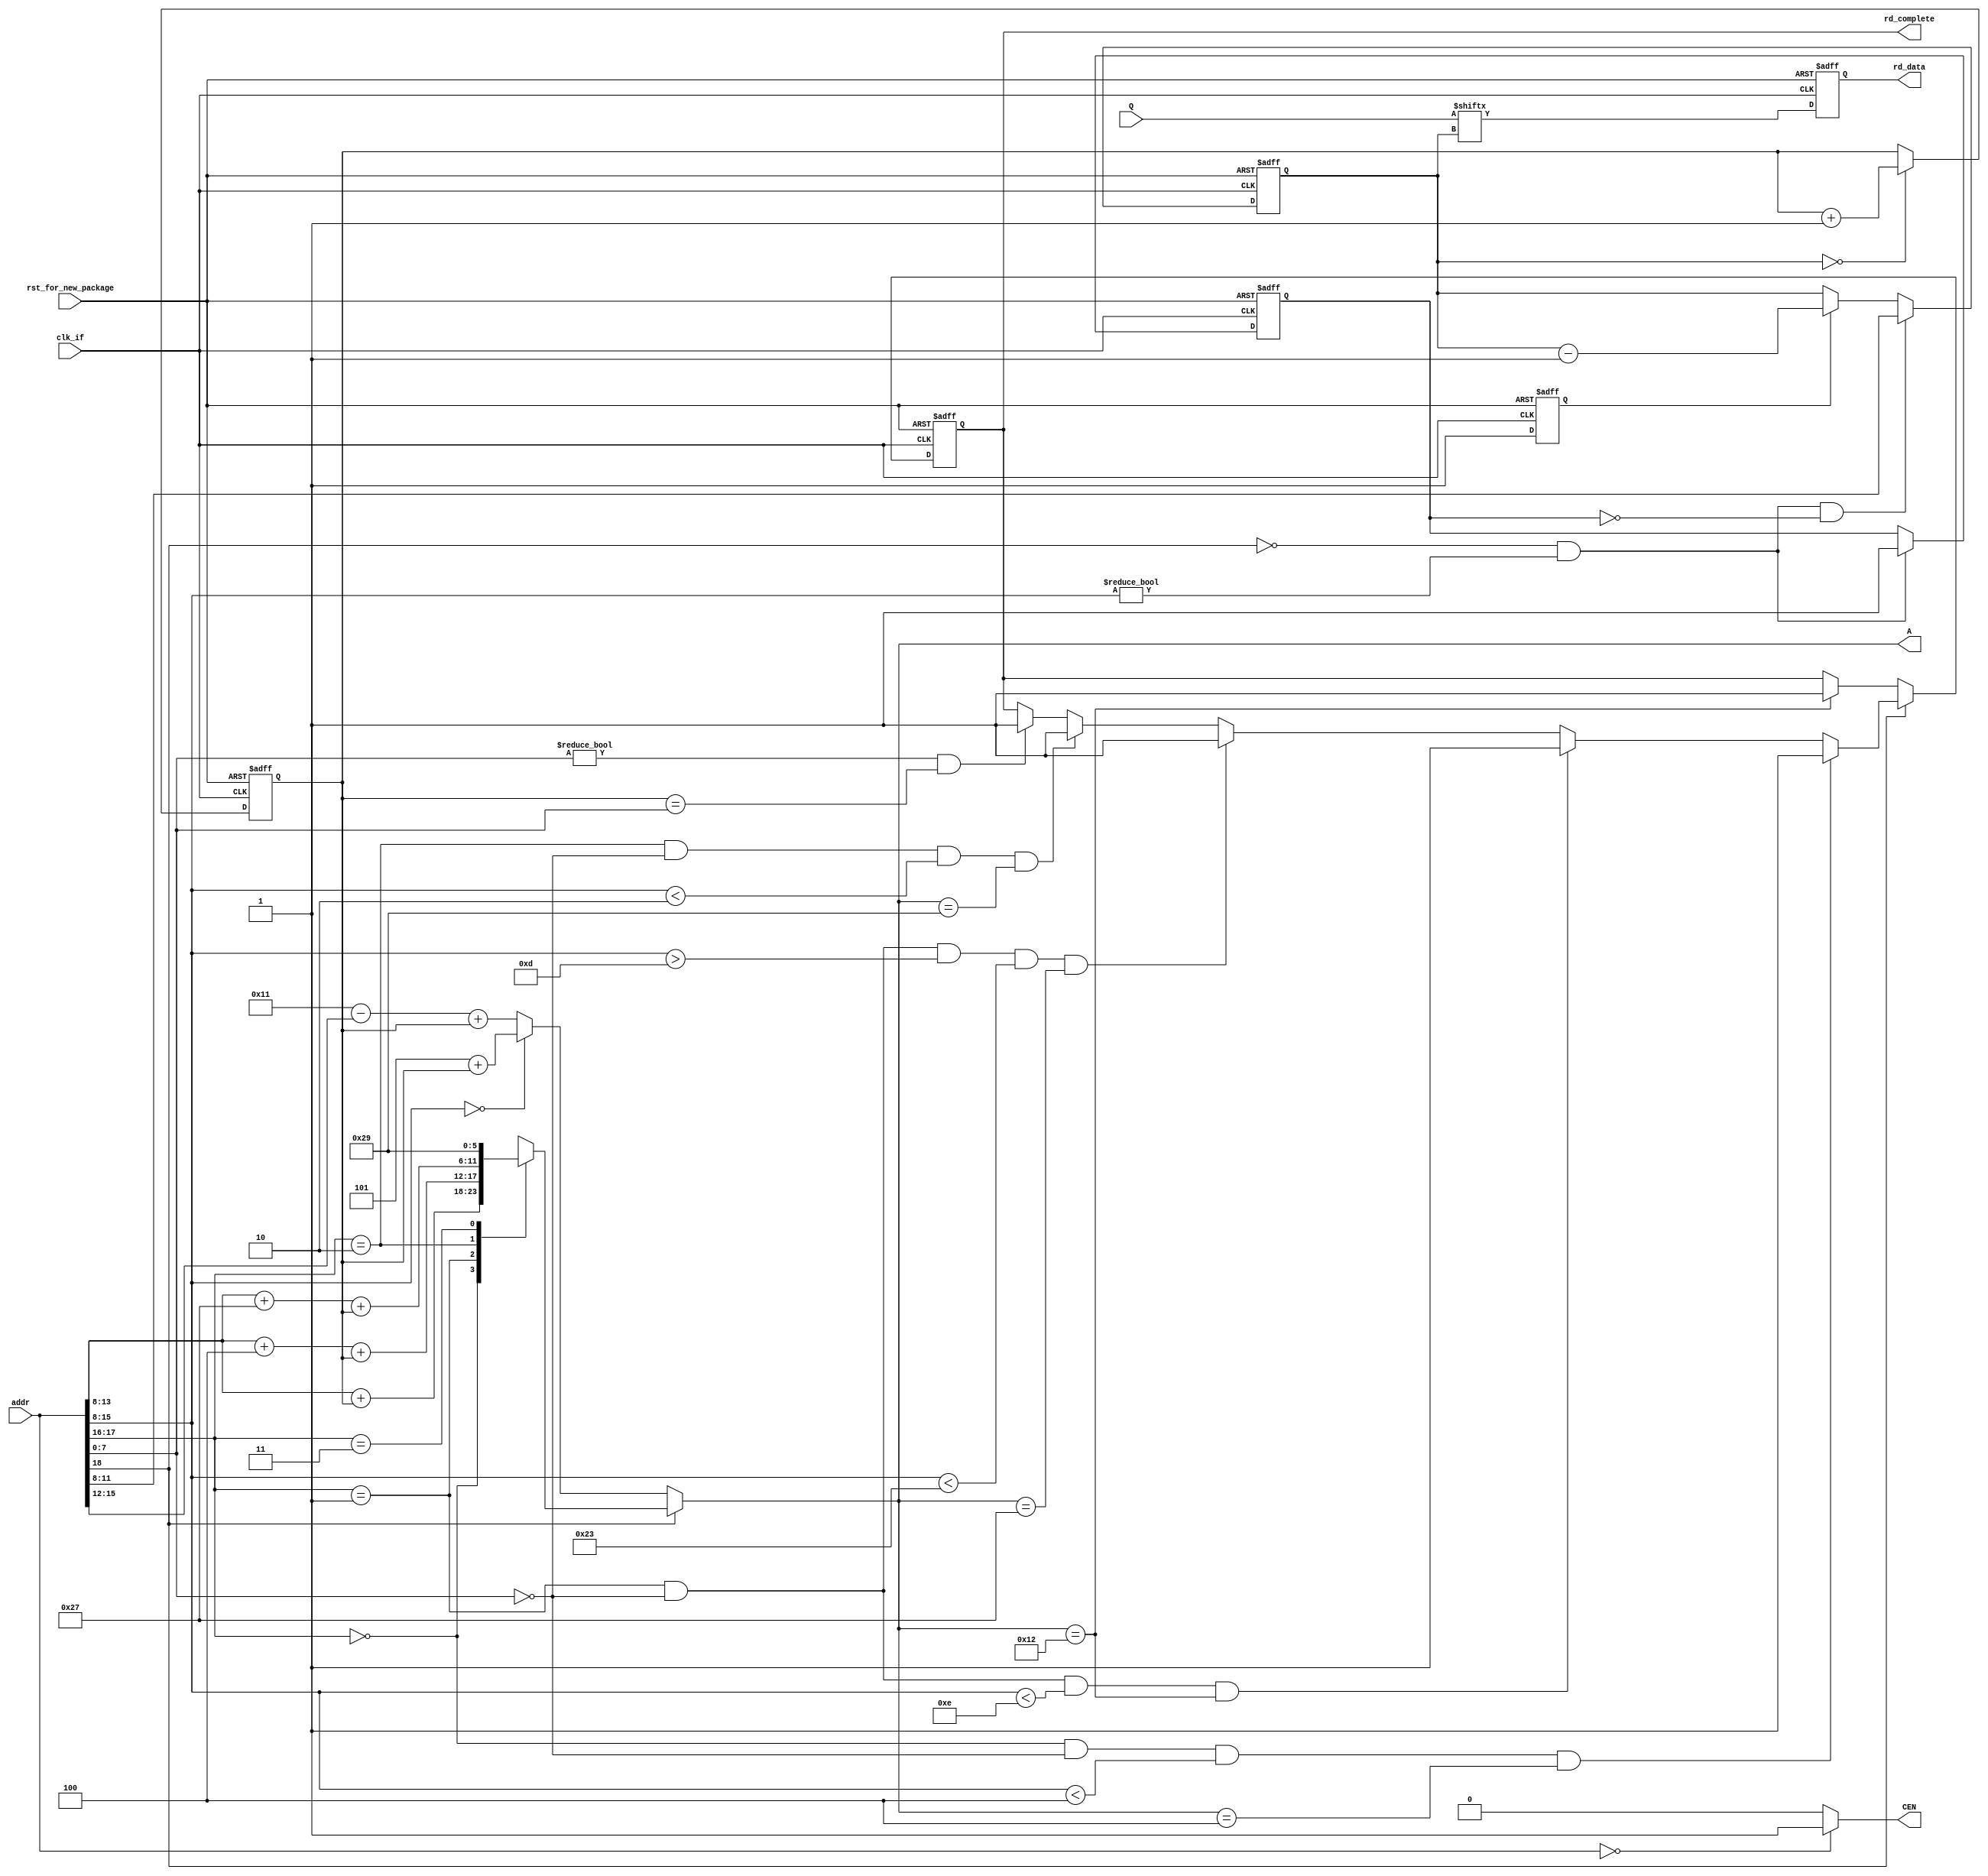
module mem_if
(
output reg rd_data,
output reg rd_complete,
output reg [5:0]A,
output CEN,
input [18:0]addr,
input [15:0]Q,
input clk_if,
input rst_for_new_package
);
wire clk_if_n;
reg d_1clk;
reg d_flag;
reg [3:0]d_cnt;
reg [5:0]A_cnt;
assign CEN = (addr == 19'h0)? 1'b1 : 1'b0;
assign clk_if_n = ~clk_if;
always@(posedge clk_if or negedge rst_for_new_package) begin
	if(~rst_for_new_package) rd_data <= 1'b0;
	else rd_data <= Q[d_cnt];
end
always@(*) begin
	if(~addr[18]) begin
		if(addr[15:8] == 8'b0000_0000) A = 6'h5 + A_cnt;
		else A = 6'h11 - {2'b0, addr[15:12]} + A_cnt;
	end
	else begin
		case(addr[17:16])
			2'b00 : A = addr[15:8] + A_cnt;
			2'b01 : A = addr[15:8] + 6'h4 + A_cnt;
			2'b10 : A = addr[15:8] + 6'h27 + A_cnt;
			2'b11 : A = 6'h29;
		endcase
	end
end
always@(posedge clk_if_n or negedge rst_for_new_package) begin
	if(~rst_for_new_package) A_cnt <= 6'h0;
	else if(d_cnt == 4'h0) A_cnt <= A_cnt + 6'h1;
end
always@(posedge clk_if or negedge rst_for_new_package) begin
	if(~rst_for_new_package) d_1clk <= 1'b0;
	else d_1clk <= 1'b1;
end
always@(posedge clk_if or negedge rst_for_new_package) begin
	if(~rst_for_new_package) d_flag <= 1'b0;
	else if(~addr[18] & addr[15:8] != 8'h0) d_flag <= 1'b1;
end
always@(posedge clk_if or negedge rst_for_new_package) begin
	if(~rst_for_new_package) d_cnt <= 4'hf;
	else begin
		if(~addr[18] & addr[15:8] != 8'h0 & ~d_flag) d_cnt <= addr[11:8];
		else if(d_1clk) d_cnt <= d_cnt - 4'h1;
	end
end
always@(posedge clk_if or negedge rst_for_new_package) begin
	if(~rst_for_new_package) rd_complete <= 1'b0;
	else begin
		if(~addr[18]) begin
			if(A == 6'h12) rd_complete <= 1'b1;
		end
		else begin
			if(addr[17:16] == 2'b00 & addr[7:0] == 8'h0 & addr[15:8] < 8'h4 & A == 6'h4) rd_complete <= 1'b1;
			else if(addr[17:16] == 2'b01 & addr[7:0] == 8'h0 & addr[15:8] < 8'he & A == 6'h12) rd_complete <= 1'b1;
			else if(addr[17:16] == 2'b01 & addr[7:0] == 8'h0 & addr[15:8] > 8'hd & addr[15:8] < 8'h23 & A == 6'h27) rd_complete <= 1'b1;
			else if(addr[17:16] == 2'b10 & addr[7:0] == 8'h0 & addr[15:8] < 8'h2 & A == 6'h29) rd_complete <= 1'b1;
			else if(addr[7:0] != 0 & A_cnt == addr[7:0]) rd_complete <= 1'b1;
		end
	end
end
endmodule